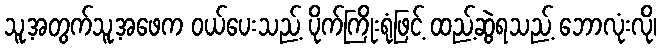
သူ့အတွက်သူ့အဖေက ဝယ်ပေးသည့် ပိုက်ကြိုးရုံဖြင့် ထည့်ဆွဲရသည့် ဘောလုံးလို၊